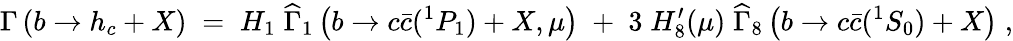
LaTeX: {\Gamma\left(b\rightarrow h_{c}+X\right)\; =\; H_{1}\; {\widehat\Gamma}_{1}\left(b\rightarrow c{\bar{c}}(^{1}P_{1})+X,\mu\right)\; +\; 3\; H_{8}^{\prime}(\mu)\; {\widehat\Gamma}_{8}\left(b\rightarrow c{\bar{c}}(^{1}S_{0})+X\right)\; ,}